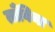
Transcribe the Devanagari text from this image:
ताँबिया